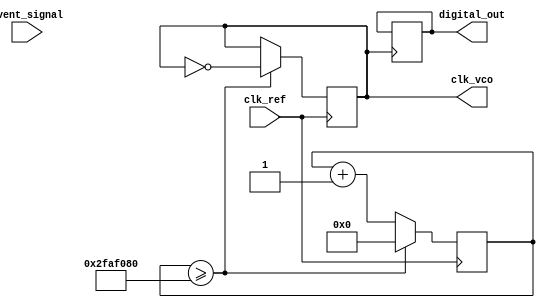
module TDC_PLL (
    input wire clk_ref,          // Reference clock input
    input wire event_signal,     // Input event signal
    output reg [15:0] digital_out, // Digital output representing time interval
    output wire clk_vco          // VCO output clock
);

// Parameters
parameter VCO_FREQ = 100000000; // VCO frequency (100 MHz)
parameter COUNTER_WIDTH = 16;   // Width of the counter

// PLL Components
reg [COUNTER_WIDTH-1:0] phase_error; // Phase error from phase detector
reg [COUNTER_WIDTH-1:0] loop_filter;  // Output of the loop filter
reg [COUNTER_WIDTH-1:0] vco_counter;   // VCO counter

// VCO clock generation
reg clk_vco_int;
always @(posedge clk_ref) begin
    // Simple VCO simulation (incrementing counter)
    vco_counter <= vco_counter + 1;
    if (vco_counter >= (VCO_FREQ / 2)) begin
        clk_vco_int <= ~clk_vco_int; // Toggle VCO clock
        vco_counter <= 0; // Reset counter
    end
end

assign clk_vco = clk_vco_int;

// Phase Detector
always @(posedge clk_vco or posedge event_signal) begin
    if (event_signal) begin
        // Measure phase difference on event signal
        phase_error <= vco_counter; // Simulated phase measurement
    end
end

// Loop Filter (Simple Integrator)
always @(posedge clk_ref) begin
    loop_filter <= loop_filter + phase_error; // Simple integration
end

// VCO Control (Simulated)
always @(posedge clk_ref) begin
    // Control the VCO frequency based on the loop filter output
    if (loop_filter > 16'hFFFF) begin
        loop_filter <= 16'hFFFF; // Clamp to max value
    end
end

// Time Measurement Logic
reg [COUNTER_WIDTH-1:0] counter;
reg event_detected;

always @(posedge clk_vco) begin
    if (event_signal && !event_detected) begin
        event_detected <= 1'b1; // Start measurement
        counter <= 0; // Reset counter
    end else if (event_detected) begin
        counter <= counter + 1; // Count VCO clock cycles
        if (counter == (VCO_FREQ / 2)) begin
            digital_out <= counter; // Capture the digital output
            event_detected <= 1'b0; // Stop measurement
        end
    end
end

endmodule